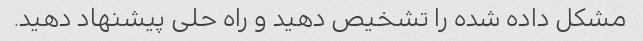
مشکل داده شده را تشخیص دهید و راه حلی پیشنهاد دهید.